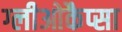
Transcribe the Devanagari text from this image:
ग्लीओकैप्सा